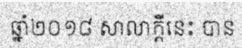
ឆ្នាំ២០១៨ សាលាក្តីនេះ បាន